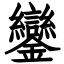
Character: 鑾